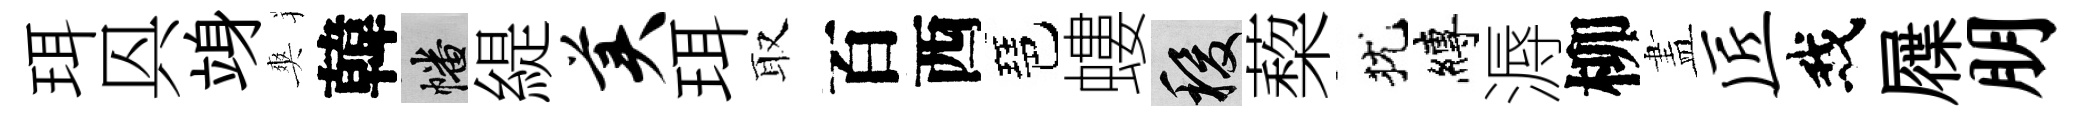
珥㒷竧爽韓幡緹美珥取百西琶螻稷蔾犹縛溽柳𥁞匠我屧朋